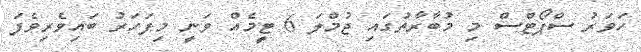
ހަވަރު ސްޕޯޓްސް މި މުބާރާތުގައި ޖުމްލަ 6 ޓީމެއް ވަނީ މިފަހަރު ބައިވެރިވެފަ